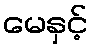
မေနှင့်